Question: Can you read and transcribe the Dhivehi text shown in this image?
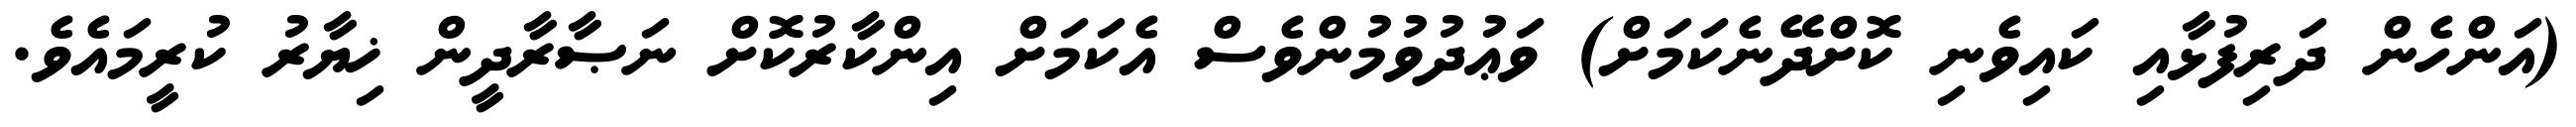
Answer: (އަންހެން ދަރިފުޅާއި ކައިވެނި ކޮށްދޭނެކަމަށް) ވަޢުދުވުމުންވެސް އެކަމަށް އިންކާރުކޮށް ނަޞާރާދީން ޚިޔާރު ކުރީމައެވެ.